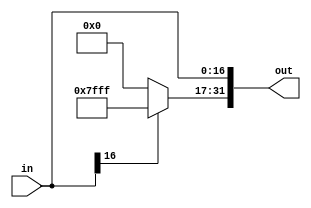
module extender(in, out);

	input [16:0] in;
	output [31:0] out;
	
	assign out[16:0] = in;
	
	wire [14:0] leftbits = in[16] ? 15'b111111111111111 : 15'b0;
	
	assign out[31:17] = leftbits;
	

endmodule